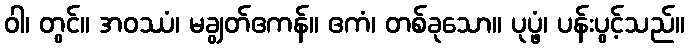
ဝါ၊ တွင်။ အဝဿံ၊ မချွတ်ဧကန်။ ဧကံ၊ တစ်ခုသော။ ပုပ္ဖံ၊ ပန်းပွင့်သည်။